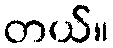
တယ်။